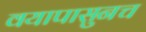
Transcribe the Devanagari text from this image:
वयापासुनच